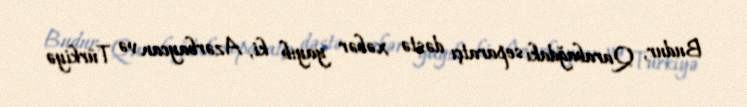
Budur, Qarabağdakı separatçı dəstə xəbər yayıb ki, Azərbaycan və Türkiyə